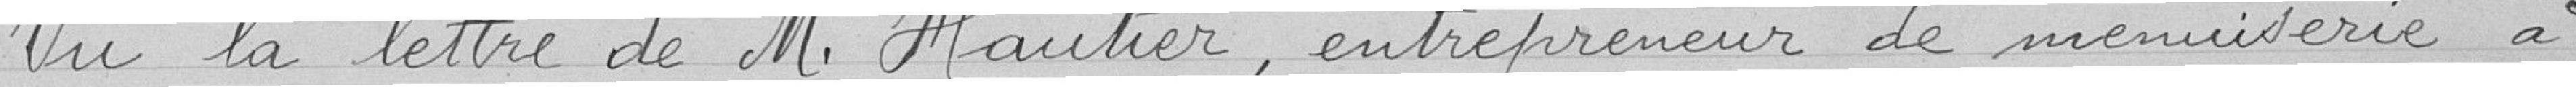
Vu la lettre de Monsieur Hautier, entrepreneur de menuiserie à